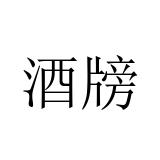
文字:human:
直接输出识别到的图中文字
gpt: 酒牓